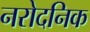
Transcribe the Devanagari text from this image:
नरोदनिक